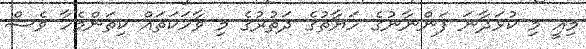
މިއީ މި ކުޅަދާނަ ފަންނާނުގެ ހަޔާތުގެ ދަތުރުގެ މި ވާހަކަތައް ކިތަންމެހާ ވެސް